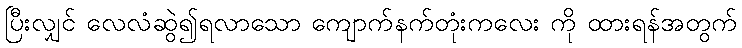
ပြီးလျှင် လေလံဆွဲ၍ရလာသော ကျောက်နက်တုံးကလေး ကို ထားရန်အတွက်